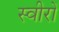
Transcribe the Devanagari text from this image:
स्वीरों